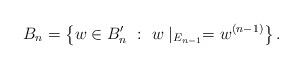
LaTeX: \begin{align*} B_n = \left\{ w \in B_n' ~:~ w \mid_{E_{n-1}} = w^{(n-1)}\right\}.\end{align*}